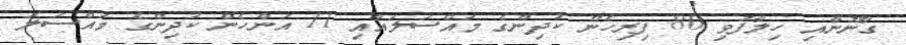
ގާނޫނާއި ހިލާފުވި 80 ފިރިހެން ކުދިންގެ މައްސަލައާއި 11 އަންހެން ކުދިންގެ މައްސަލަ